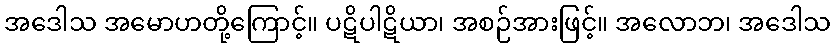
အဒေါသ အမောဟတို့ကြောင့်။ ပဋိပါဋိယာ၊ အစဉ်အားဖြင့်။ အလောဘ၊ အဒေါသ